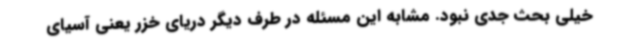
خیلی بحث جدی نبود. مشابه این مسئله در طرف دیگر دریای خزر یعنی آسیای